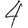
Digit: 4